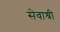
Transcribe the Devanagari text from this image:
सेवाश्री